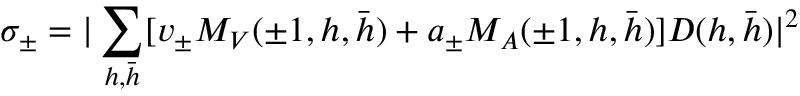
\sigma _ { \pm } = \vert \sum _ { h , \bar { h } } [ v _ { \pm } M _ { V } ( \pm 1 , h , \bar { h } ) + a _ { \pm } M _ { A } ( \pm 1 , h , \bar { h } ) ] D ( h , \bar { h } ) \vert ^ { 2 }